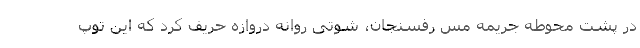
در پشت محوطه جریمه مس رفسنجان، شوتی روانه دروازه حریف کرد که این توپ